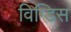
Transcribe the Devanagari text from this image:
विग्डिस